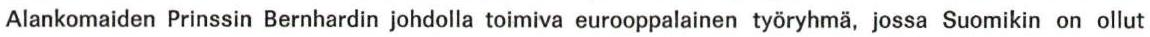
Alankomaiden Prinssin Bernhardin johdolla toimiva eurooppalainen työryhmä, jossa Suomikin on ollut